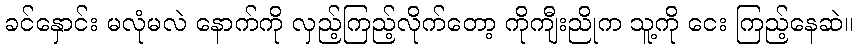
ခင်နှောင်း မလုံမလဲ နောက်ကို လှည့်ကြည့်လိုက်တော့ ကိုကျီးညိုက သူ့ကို ငေး ကြည့်နေဆဲ။